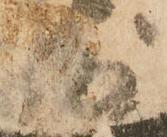
勝